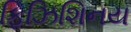
ફિઝિશિનય